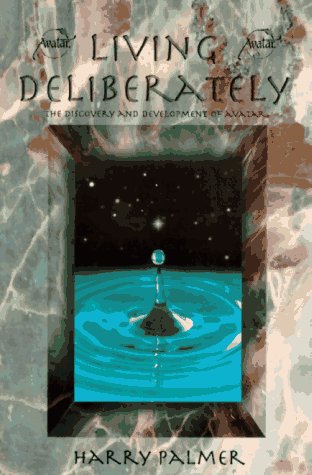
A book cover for Living Deliberately: The Discovery and Development of Avatar; Harry Palmer; Self-Help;